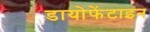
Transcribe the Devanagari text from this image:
डायोफेंटाइन